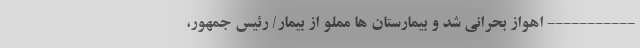
----------- اهواز بحرانی شد و بیمارستان ها‌ مملو از بیمار/ رئیس جمهور،